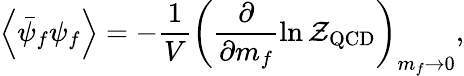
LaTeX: \left<\bar{\psi}_{f}\psi_{f}\right>=-\frac{1}{V}\left(\frac{\partial}{\partial m_{f}}\ln{\cal Z}_{\mathrm{QCD}}\right)_{m_{f}\to 0},